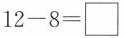
$$1 2 - 8 = \Box$$